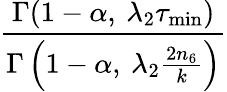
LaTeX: \frac{\Gamma(1-\alpha,\: \lambda_{2}\tau_{\mathrm{min}})}{\Gamma\left(1-\alpha,\: \lambda_{2}\frac{2n_{6}}{k}\right)}